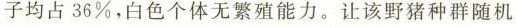
子均占36%，白色个体无繁殖能力。让该野猪种群随机